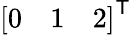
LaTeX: {\left[\begin{array}{lll}{0}&{1}&{2}\end{array}\right]}^{\textsf{T}}